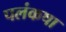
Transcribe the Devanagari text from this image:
पलंकषा